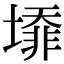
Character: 𡐥